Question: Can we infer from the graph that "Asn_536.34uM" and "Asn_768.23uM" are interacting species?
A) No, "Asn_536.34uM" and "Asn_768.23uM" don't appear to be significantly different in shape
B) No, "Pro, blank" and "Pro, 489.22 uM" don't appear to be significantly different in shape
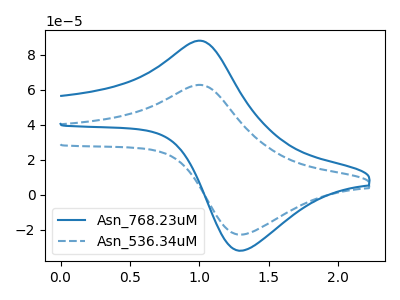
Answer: <think>The blue curve "Asn_768.23uM" has an anodic peak at (1.00V, 88.05uA) and a cathodic peak at (1.30V, -31.95uA). The blue dashed curve "Asn_536.34uM" has an anodic peak at (1.00V, 62.80uA) and a cathodic peak at (1.30V, -22.75uA).
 All the peaks in "Asn_536.34uM" have a peak in "Asn_768.23uM" at the same potential. Every peak in "Asn_536.34uM" is lower than every peak in "Asn_768.23uM".</think>
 <answer>A) No, "Asn_536.34uM" and "Asn_768.23uM" don't appear to be significantly different in shape</answer>
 <eval>A</eval>